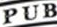
PUB